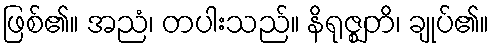
ဖြစ်၏။ အညံ၊ တပါးသည်။ နိရုဇ္ဈတိ၊ ချုပ်၏။